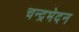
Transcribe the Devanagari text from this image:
चन्द्रभेदन